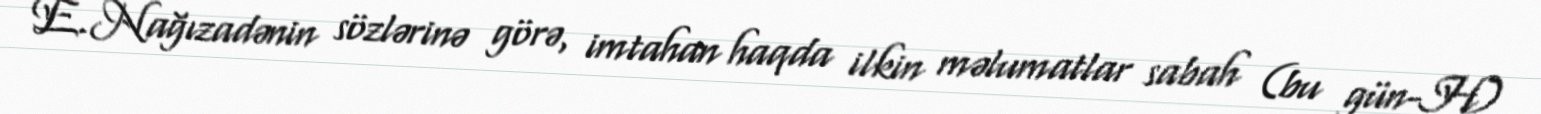
E.Nağızadənin sözlərinə görə, imtahan haqda ilkin məlumatlar sabah (bu gün-H)